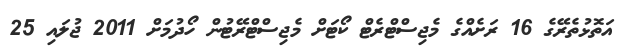
އަތޮޅުތެރޭގެ 16 ރަށެއްގެ މެޖިސްޓްރެޓް ކޯޓަށް މެޖިސްޓްރޭޓުން ހޯދުމަށް 2011 ޖުލައި 25